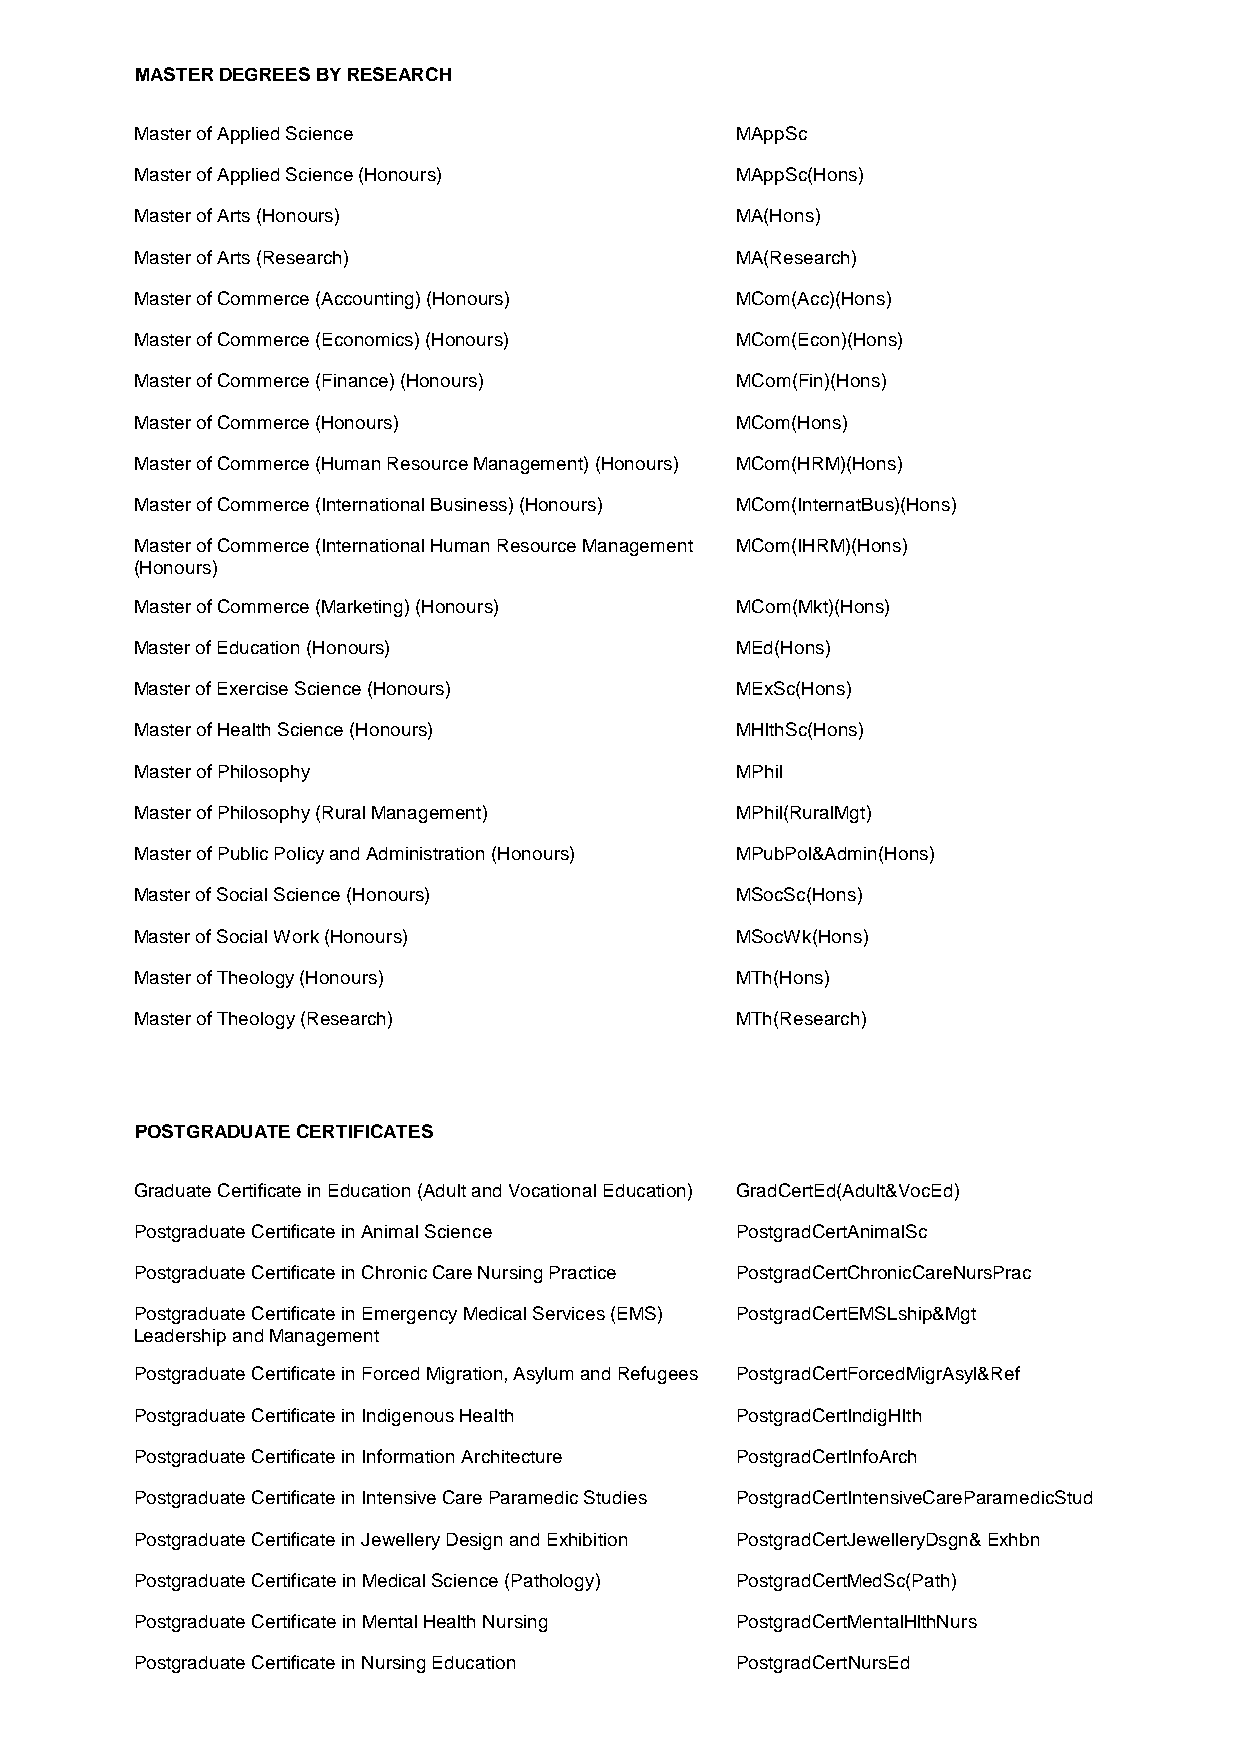
MASTER DEGREES BY RESEARCH
 Master of Applied Science               MAppSc
 Master of Applied Science (Honours)     MAppSc(Hons)
 Master of Arts (Honours)                MA(Hons)
 Master of Arts (Research)               MA(Research)
 Master of Commerce (Accounting) (Honours) MCom(Acc)(Hons)
 Master of Commerce (Economics) (Honours) MCom(Econ)(Hons)
 Master of Commerce (Finance) (Honours)  MCom(Fin)(Hons)
 Master of Commerce (Honours)            MCom(Hons)
 Master of Commerce (Human Resource Management) (Honours) MCom(HRM)(Hons)
 Master of Commerce (International Business) (Honours) MCom(InternatBus)(Hons)
 Master of Commerce (International Human Resource Management MCom(IHRM)(Hons)
 (Honours)
 Master of Commerce (Marketing) (Honours) MCom(Mkt)(Hons)
 Master of Education (Honours)           MEd(Hons)
 Master of Exercise Science (Honours)    MExSc(Hons)
 Master of Health Science (Honours)      MHlthSc(Hons)
 Master of Philosophy                    MPhil
 Master of Philosophy (Rural Management) MPhil(RuralMgt)
 Master of Public Policy and Administration (Honours) MPubPol&Admin(Hons)
 Master of Social Science (Honours)      MSocSc(Hons)
 Master of Social Work (Honours)         MSocWk(Hons)
 Master of Theology (Honours)            MTh(Hons)
 Master of Theology (Research)           MTh(Research)
 POSTGRADUATE CERTIFICATES
 Graduate Certificate in Education (Adult and Vocational Education) GradCertEd(Adult&VocEd)
 Postgraduate Certificate in Animal Science PostgradCertAnimalSc
 Postgraduate Certificate in Chronic Care Nursing Practice PostgradCertChronicCareNursPrac
 Postgraduate Certificate in Emergency Medical Services (EMS) PostgradCertEMSLship&Mgt
 Leadership and Management
 Postgraduate Certificate in Forced Migration, Asylum and Refugees PostgradCertForcedMigrAsyl&Ref
 Postgraduate Certificate in Indigenous Health PostgradCertIndigHlth
 Postgraduate Certificate in Information Architecture PostgradCertInfoArch
 Postgraduate Certificate in Intensive Care Paramedic Studies PostgradCertIntensiveCareParamedicStud
 Postgraduate Certificate in Jewellery Design and Exhibition PostgradCertJewelleryDsgn& Exhbn
 Postgraduate Certificate in Medical Science (Pathology) PostgradCertMedSc(Path)
 Postgraduate Certificate in Mental Health Nursing PostgradCertMentalHlthNurs
 Postgraduate Certificate in Nursing Education PostgradCertNursEd